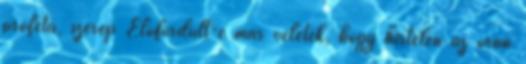
próféta, szerep Előfordult-e már veletek, hogy hirtelen az órán